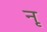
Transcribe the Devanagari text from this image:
नृ